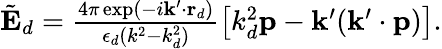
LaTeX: \begin{array}{r}{\tilde{\mathbf{E}}_{d}=\frac{4\pi\exp(-i\mathbf{k}^{\prime}\cdot\mathbf{r}_{d})}{\epsilon_{d}(k^{2}-k_{d}^{2})}\left[k_{d}^{2}\mathbf{p}-\mathbf{k}^{\prime}(\mathbf{k}^{\prime}\cdot\mathbf{p})\right].}\end{array}